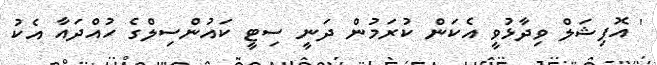
' އޮފިޝަލް ވިދާޅުވީ އެކަން ކުރަމުން ދަނީ ސިޓީ ކައުންސިލްގެ ހުއްދައާ އެކު